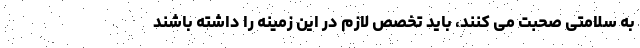
به سلامتی صحبت می کنند، باید تخصص لازم در این زمینه را داشته باشند